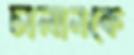
চালানকে